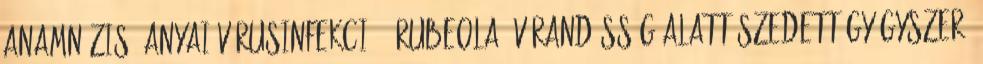
anamnézis, anyai vírusinfekció – rubeola, Várandósság alatt szedett gyógyszer,